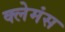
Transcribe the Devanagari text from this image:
क्लेमंस